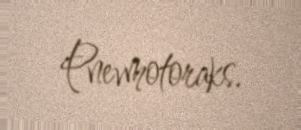
Pnevmotoraks.